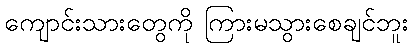
ကျောင်းသားတွေကို ကြားမသွားစေချင်ဘူး